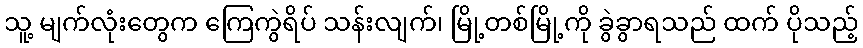
သူ့ မျက်လုံးတွေက ကြေကွဲရိပ် သန်းလျက်၊ မြို့တစ်မြို့ကို ခွဲခွာရသည် ထက် ပိုသည့်